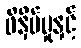
ဖိနှိပ်မှုနှင့်